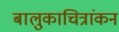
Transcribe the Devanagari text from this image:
बालुकाचित्रांकन